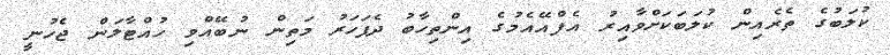
ކުލަބުގެ ތެރެއިން ކުލަބަކަށްވާއިރު އެފްއޭއެމުގެ އިންތިހާބު ދެފަހަރު މަތިން ނުބޭއްވި ހުއްޓާލަން ޖެހުނީ